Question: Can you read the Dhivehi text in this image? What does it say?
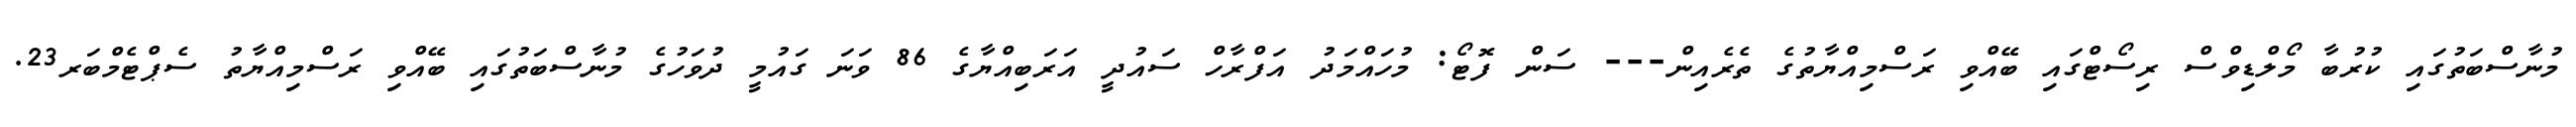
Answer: މުނާސްބަތުގައި ކުރުބާ މޯލްޑިވްސް ރިސޯޓްގައި ބޭއްވި ރަސްމިއްޔާތުގެ ތެރެއިން--- ސަން ފޮޓޯ: މުހައްމަދު އަފްރާހް ސައުދީ އަރަބިއްޔާގެ 86 ވަނަ ގައުމީ ދުވަހުގެ މުނާސްބަތުގައި ބޭއްވި ރަސްމިއްޔާތު ސެޕްޓެމްބަރ23.